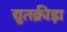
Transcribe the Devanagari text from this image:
द्युतक्रीड़ा